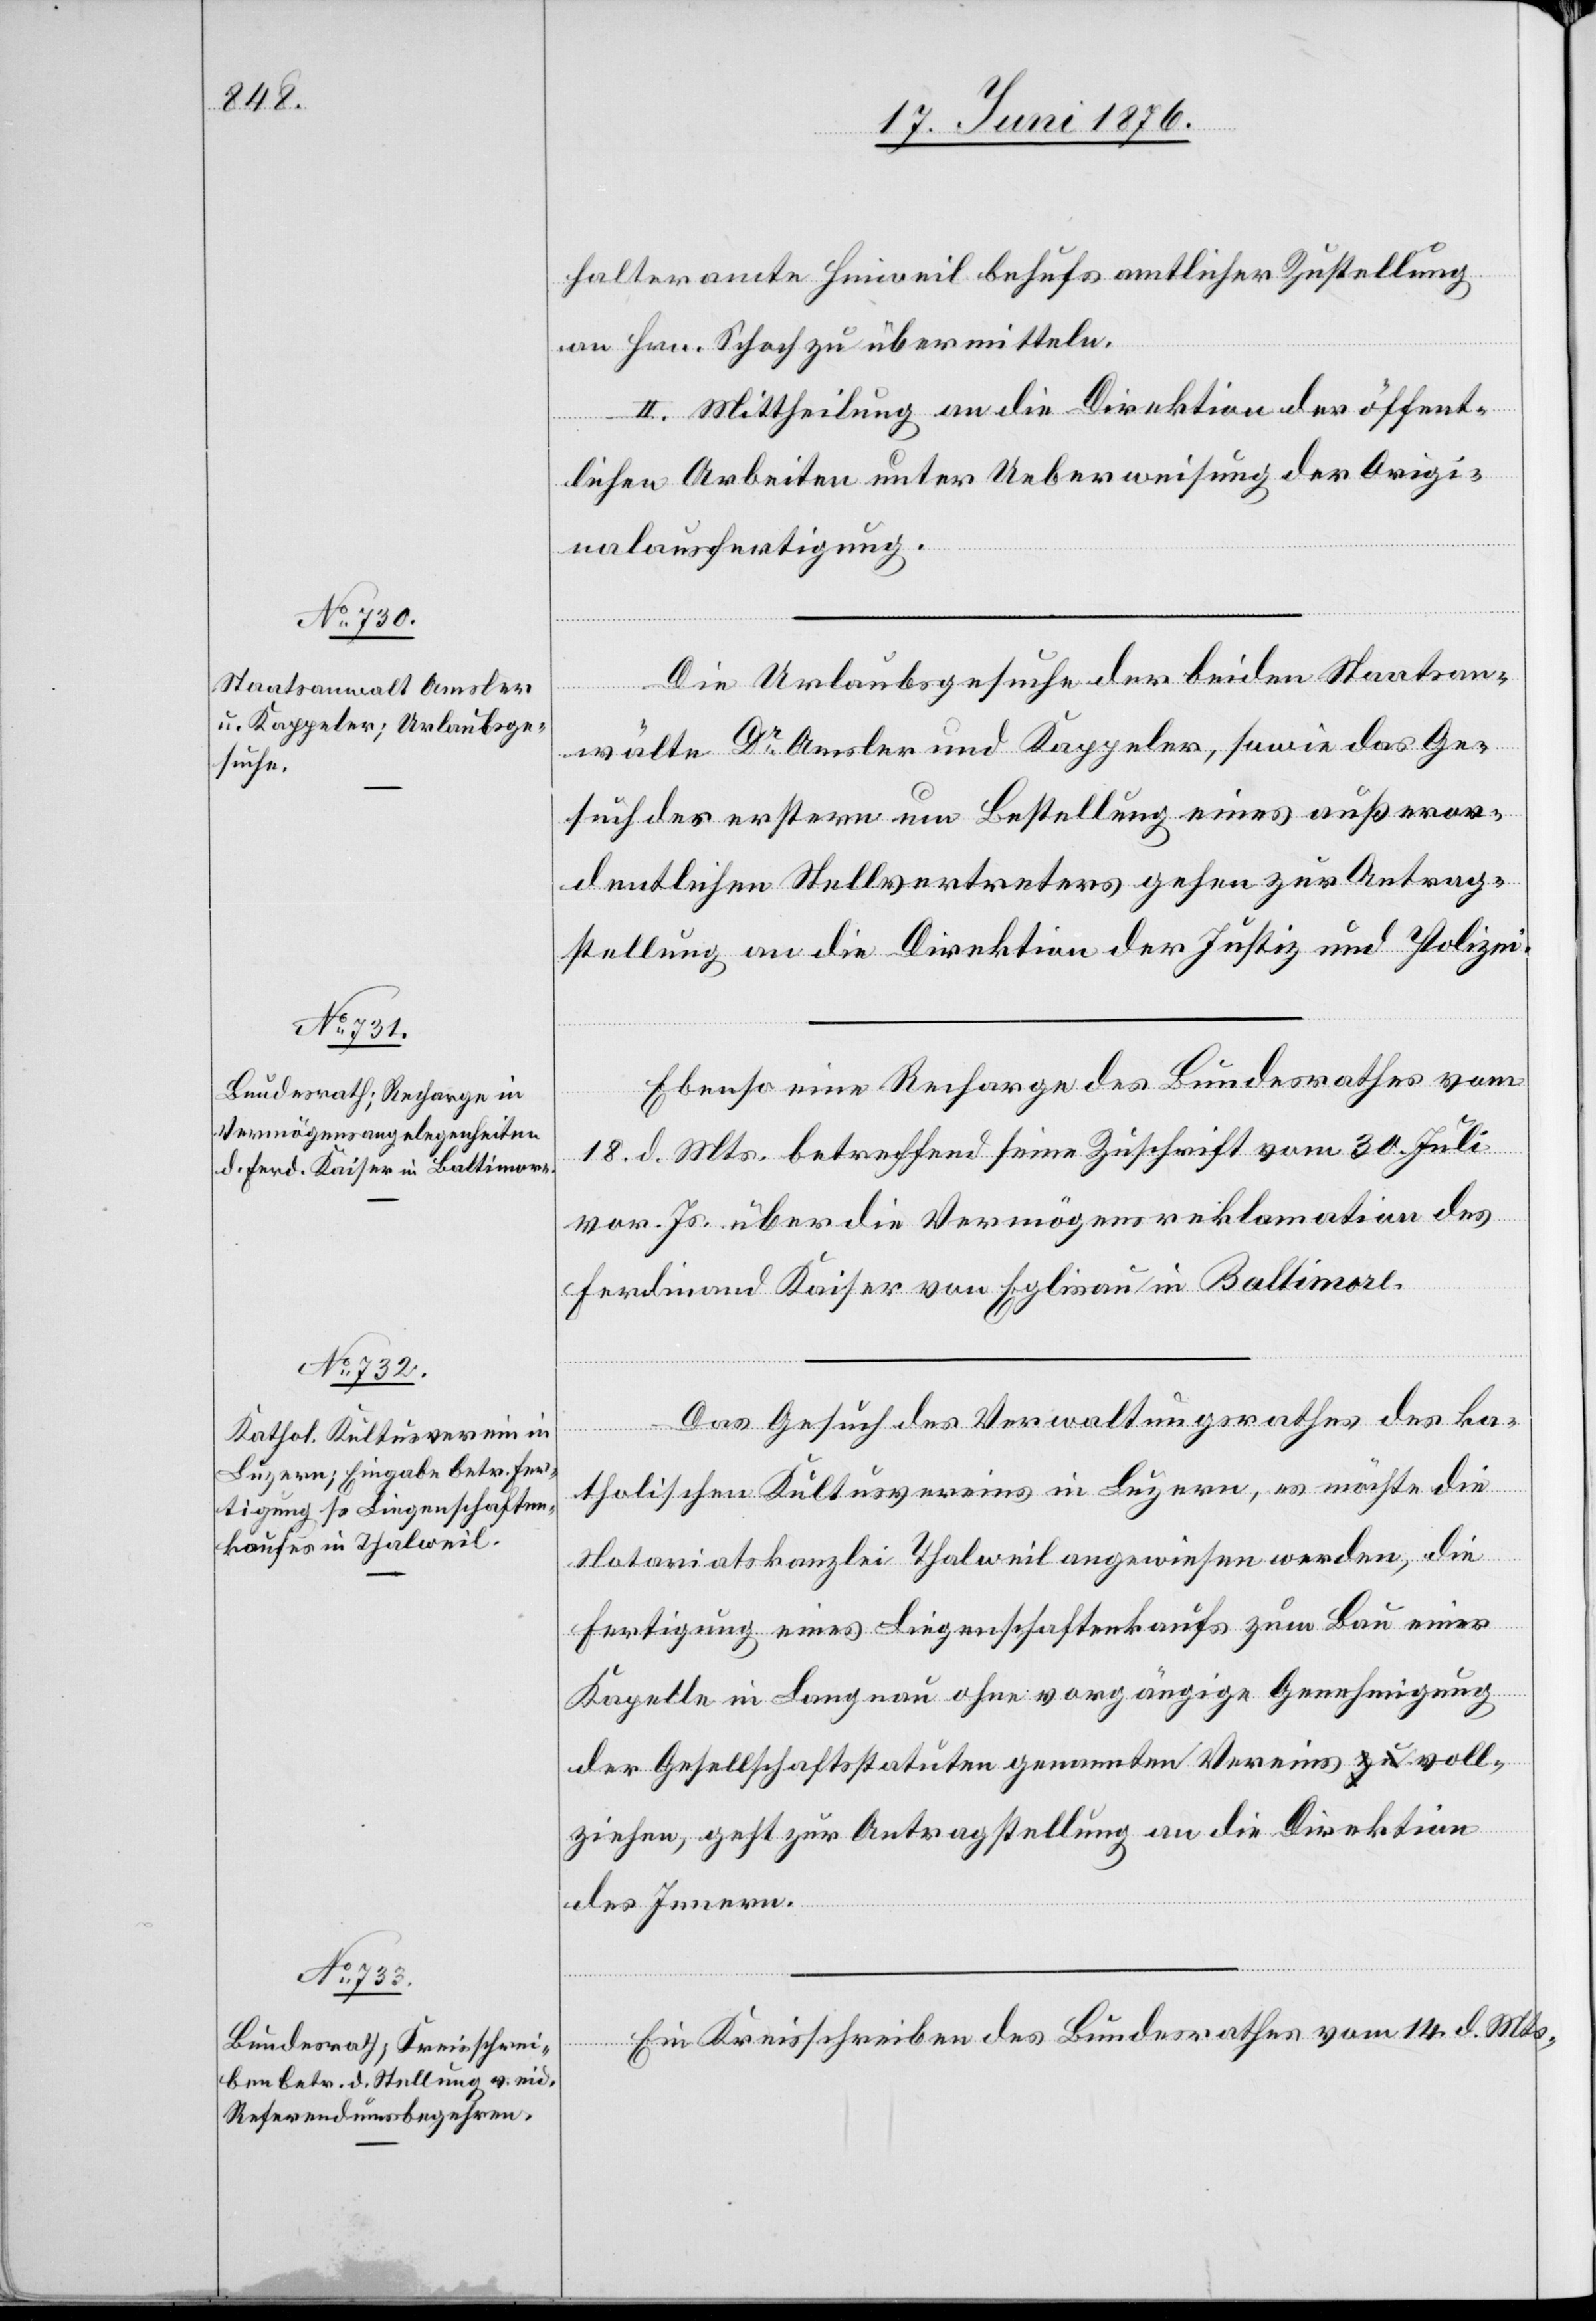
20. Juni 1876.]
halteramte Hinweil behufs amtlicher Zustellung
an Hrn. Schoch zu übermitteln.
II. Mittheilung an die Direktion der öffent¬
lichen Arbeiten unter Ueberweisung der Origi¬
nalausfertigung.
Die Urlaubsgesuche der beiden Staatsan¬
wälte Dr Amsler und Kappeler, sowie das Ge¬
such des ersten um Bestellung eines Außeror¬
dentlichen Stellvertreters gehen zur Antrag¬
stellung an die Direktion der Justiz und Polizei.
Ebenso eine Recharge des Bundesrathes vom
18. d. Mts. betreffend seine Zuschrift vom 30. Juli
vor. Js. über die Vermögensreklamation des
Ferdinand Kaiser von Eglisau in Baltimore.
Das Gesuch des Verwaltungsrathes des ka¬
tholischen Kultusvereins in Luzern, es möchte die
Notariatskanzlei Thalweil angewiesen werden, die
Fertigung eines Liegenschaftenkaufs zum Bau einer
Kapelle in Langnau ohne vorgängige Genehmigung
der Gesellschaftsstatuten genannten Vereins voll¬
ziehen, geht zur Antragstellung an die Direktion
des Innern.
Ein Kreisschreiben des Bundesrathes vom 14. d. Mts.,